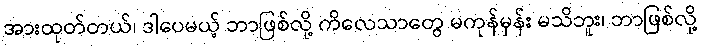
အားထုတ်တယ်၊ ဒါပေမယ့် ဘာဖြစ်လို့ ကိလေသာတွေ မကုန်မှန်း မသိဘူး၊ ဘာဖြစ်လို့